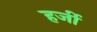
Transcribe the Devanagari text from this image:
हर्जी